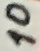
Text: 10